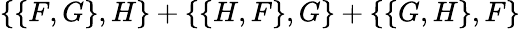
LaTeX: \{ \{ F,G\} ,H\} +\{ \{ H,F\} ,G\} +\{ \{ G,H\} ,F\}